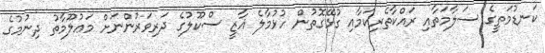
ކަނޑުމަތީގެ ސަލާމަތާއި ރައްކާތެރިކަމާއި ގުޅޭގޮތުން ހުޅުމާލެ ޣާޒީ ސްކޫލުގެ ދަރިވަރުންނަށް މަޢުލޫމާތު ދިނުމުގެ